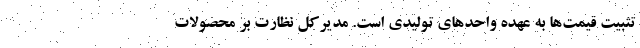
تثبیت قیمت‌ها به عهده واحدهای تولیدی است. مدیرکل نظارت بر محصولات